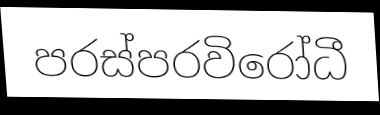
පරස්පරවිරෝධී